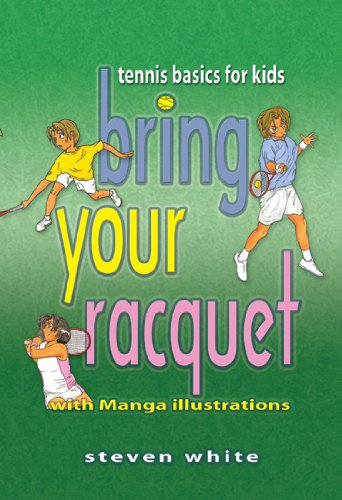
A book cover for Bring Your Racquet: Tennis Basics for Kids; Steven White; Children's Books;